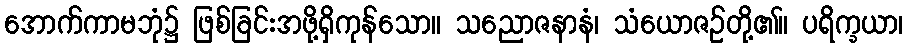
အောက်ကာမဘုံ၌ ဖြစ်ခြင်းအဖို့ရှိကုန်သော။ သညောဇနာနံ၊ သံယောဇဉ်တို့၏။ ပရိက္ခယာ၊